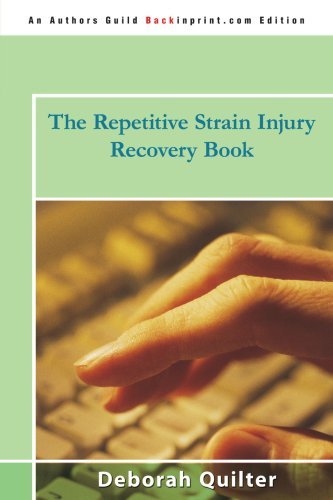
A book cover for The Repetitive Strain Injury Recovery Book [Paperback] [2008] (Author) Deborah Quilter; Health, Fitness & Dieting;